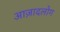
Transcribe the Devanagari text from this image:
आज़ादलोग